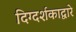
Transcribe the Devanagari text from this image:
दिग्दर्शकाद्वारे